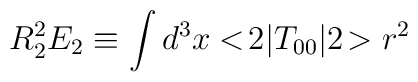
R_2^2 E_2 \equiv \int d^3x <\!2|T_{00}|2\!> r^2